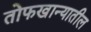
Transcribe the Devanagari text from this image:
तोफखान्यातील